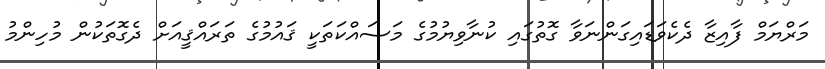
މަރްޔަމް ފާއިޒާ ދެކެވަޑައިގަންނަވާ ގޮތުގައި ކުނާވިޔުމުގެ މަސައްކަތަކީ ޤައުމުގެ ތަރައްޤީއަށް ދެގޮތަކުން މުހިންމު